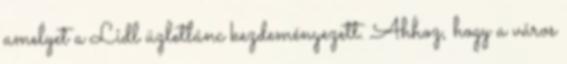
amelyet a Lidl üzletlánc kezdeményezett. Ahhoz, hogy a város